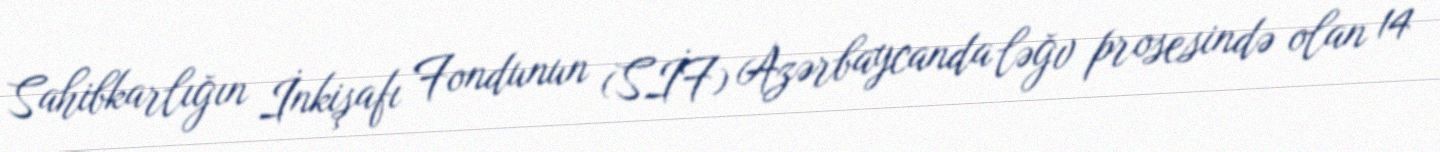
Sahibkarlığın İnkişafı Fondunun (SİF) Azərbaycanda ləğv prosesində olan 14